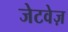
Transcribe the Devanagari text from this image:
जेटवेज़